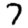
Digit: 7